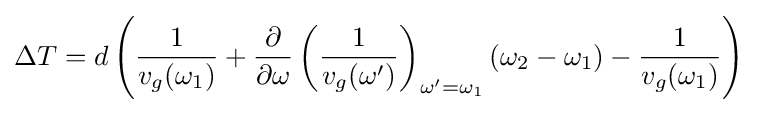
\Delta T=d\left({\frac {1}{v_{g}(\omega _{1})}}+{\frac {\partial }{\partial \omega }}\left({\frac {1}{v_{g}(\omega ')}}\right)_{\omega '=\omega _{1}}(\omega _{2}-\omega _{1})-{\frac {1}{v_{g}(\omega _{1})}}\right)